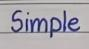
Simple